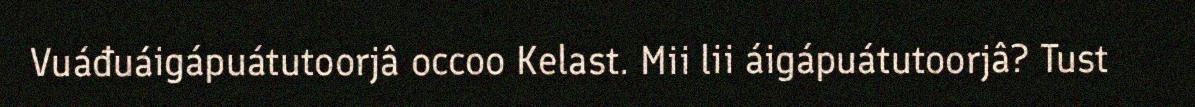
Vuáđuáigápuátutoorjâ occoo Kelast. Mii lii áigápuátutoorjâ? Tust